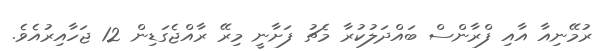
ރުމޭނިއާ އާއި ފްރާންސް ބައްދަލުކުރާ މެޗު ފަށާނީ މިރޭ ރާއްޖެގަޑިން 12 ޖަހާއިރުއެވެ.